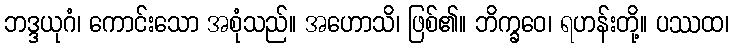
ဘဒ္ဒယုဂံ၊ ကောင်းသော အစုံသည်။ အဟောသိ၊ ဖြစ်၏။ ဘိက္ခဝေ၊ ရဟန်းတို့။ ပဿထ၊